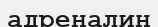
адреналин